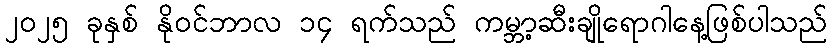
၂၀၂၅ ခုနှစ် နိုဝင်ဘာလ ၁၄ ရက်သည် ကမ္ဘာ့ဆီးချိုရောဂါနေ့ဖြစ်ပါသည်